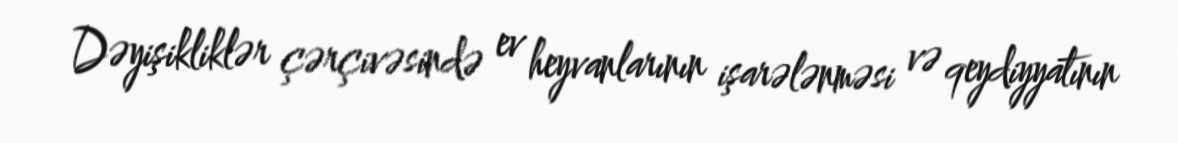
Dəyişikliklər çərçivəsində ev heyvanlarının işarələnməsi və qeydiyyatının